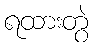
ရထားတွဲ